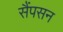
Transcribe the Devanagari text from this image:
सैंपसन